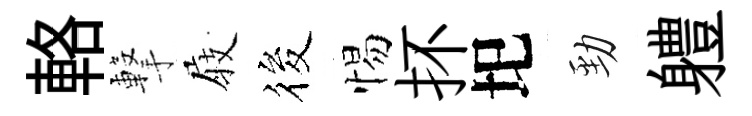
輅撃𡲆筱惕抔圯勁軆